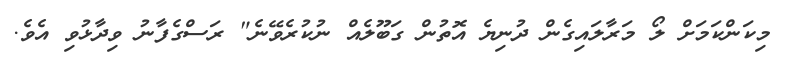
މިކަންކަމަށް ލޯ މަރާލައިގެން ދުނިޔެ އޮތުން ގަބޫލެއް ނުކުރެވޭނެ" ރަސްގެފާނު ވިދާޅުވި އެވެ.